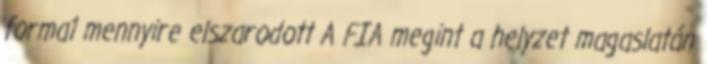
forma1 mennyire elszarodott A FIA megint a helyzet magaslatán